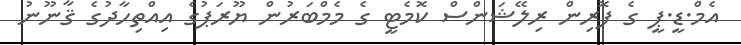
އެމް.ޑީ.ޕީ ގެ ފޮރިން ރިލޭޝަންސް ކޮމެޓީ ގެ މެމްބަރުން ޔޫރަޕުގެ އިއްތިހާދުގެ ޤާނޫނު